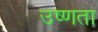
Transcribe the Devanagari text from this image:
उष्‍णता